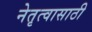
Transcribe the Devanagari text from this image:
नेतृत्वासाठी